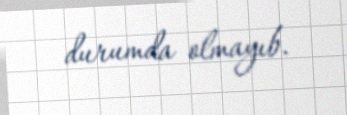
durumda olmayıb.